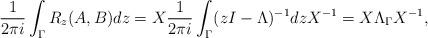
LaTeX: \begin{align*}\dfrac{1}{2 \pi i} \int_{\Gamma} R_z(A, B){d} z = X \dfrac{1}{2 \pi i} \int_{\Gamma} (zI - \Lambda)^{-1} {d} z X^{-1} = X \Lambda_{\Gamma} X^{-1},\end{align*}